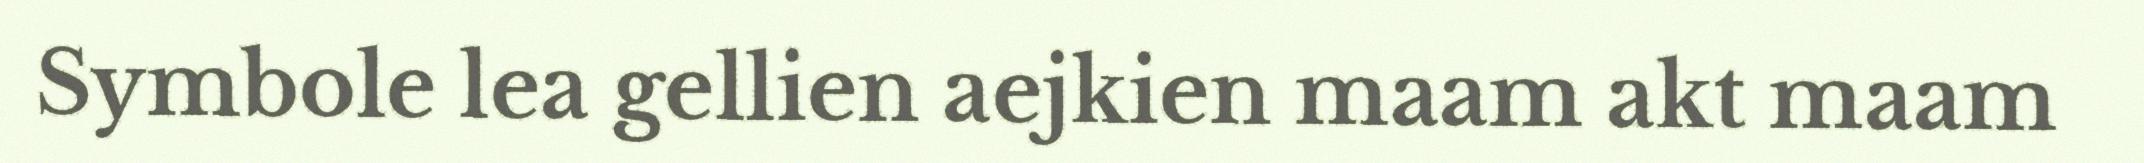
Symbole lea gellien aejkien maam akt maam